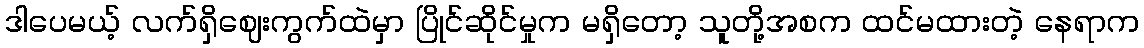
ဒါပေမယ့် လက်ရှိဈေးကွက်ထဲမှာ ပြိုင်ဆိုင်မှုက မရှိတော့ သူတို့အစက ထင်မထားတဲ့ နေရာက